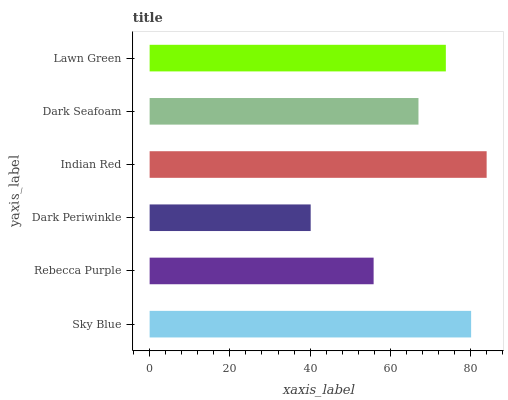
| yaxis_label | bars |
 | --- | --- |
 | Sky Blue | 80.1 |
 | Rebecca Purple | 55.8 |
 | Dark Periwinkle | 40.1 |
 | Indian Red | 84 |
 | Dark Seafoam | 67 |
 | Lawn Green | 73.8 |